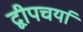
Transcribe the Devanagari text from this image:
द्वीपचर्या